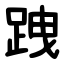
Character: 跩